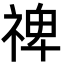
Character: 禆